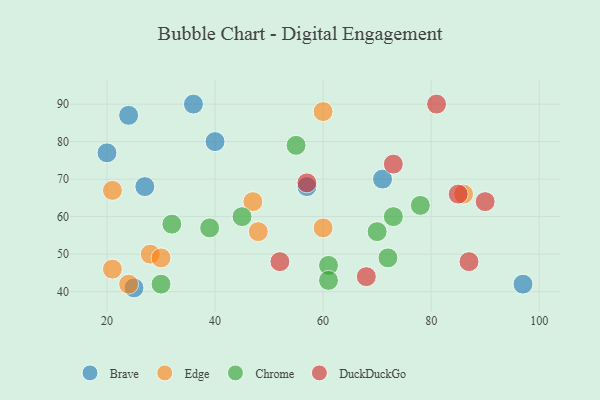
{"axis": {"x": "GDP", "y": "Life Expectancy"}, "legend": ["Brave", "Chrome", "DuckDuckGo", "Edge"], "data": [{"x": "27", "y": 68, "type": "Brave"}, {"x": "25", "y": 41, "type": "Brave"}, {"x": "20", "y": 77, "type": "Brave"}, {"x": "24", "y": 87, "type": "Brave"}, {"x": "57", "y": 68, "type": "Brave"}, {"x": "36", "y": 90, "type": "Brave"}, {"x": "71", "y": 70, "type": "Brave"}, {"x": "40", "y": 80, "type": "Brave"}, {"x": "97", "y": 42, "type": "Brave"}, {"x": "60", "y": 88, "type": "Edge"}, {"x": "24", "y": 42, "type": "Edge"}, {"x": "47", "y": 64, "type": "Edge"}, {"x": "21", "y": 67, "type": "Edge"}, {"x": "28", "y": 50, "type": "Edge"}, {"x": "30", "y": 49, "type": "Edge"}, {"x": "48", "y": 56, "type": "Edge"}, {"x": "21", "y": 46, "type": "Edge"}, {"x": "60", "y": 57, "type": "Edge"}, {"x": "86", "y": 66, "type": "Edge"}, {"x": "55", "y": 79, "type": "Chrome"}, {"x": "70", "y": 56, "type": "Chrome"}, {"x": "61", "y": 47, "type": "Chrome"}, {"x": "32", "y": 58, "type": "Chrome"}, {"x": "78", "y": 63, "type": "Chrome"}, {"x": "72", "y": 49, "type": "Chrome"}, {"x": "30", "y": 42, "type": "Chrome"}, {"x": "39", "y": 57, "type": "Chrome"}, {"x": "73", "y": 60, "type": "Chrome"}, {"x": "61", "y": 43, "type": "Chrome"}, {"x": "45", "y": 60, "type": "Chrome"}, {"x": "81", "y": 90, "type": "DuckDuckGo"}, {"x": "85", "y": 66, "type": "DuckDuckGo"}, {"x": "68", "y": 44, "type": "DuckDuckGo"}, {"x": "73", "y": 74, "type": "DuckDuckGo"}, {"x": "57", "y": 69, "type": "DuckDuckGo"}, {"x": "87", "y": 48, "type": "DuckDuckGo"}, {"x": "52", "y": 48, "type": "DuckDuckGo"}, {"x": "90", "y": 64, "type": "DuckDuckGo"}]}